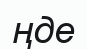
ңде